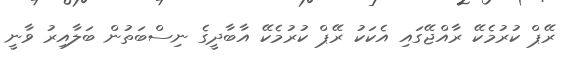
ރޭޕް ކުރުމެކޭ ރާއްޖޭގައި އެކަކު ރޭޕް ކުރުމެކޭ އާބާދީގެ ނިސްބަތުން ބަލާއިރު ވާނީ